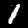
Digit: 1